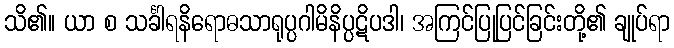
သိ၏။ ယာ စ သင်္ခါရနိရောဓသာရုပ္ပဂါမိနိပ္ပဋိပဒါ၊ အကြင်ပြုပြင်ခြင်းတို့၏ ချုပ်ရာ